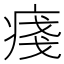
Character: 𤷃